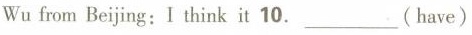
Wu from Beijing：I think it 10.___（have）